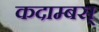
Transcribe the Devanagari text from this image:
कदाम्बस्